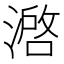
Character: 𰜶